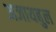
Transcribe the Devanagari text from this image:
अजायबुल